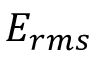
E _ { r m s }